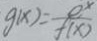
g ( x ) = \frac { e ^ { x } } { f ( x ) }